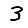
Digit: 3